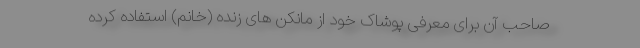
صاحب آن برای معرفی پوشاک خود از مانکن های زنده (خانم) استفاده کرده